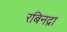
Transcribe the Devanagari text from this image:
रबिनद्रा